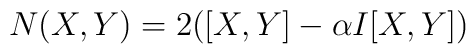
N(X,Y)=2([X,Y]-\alpha I[X,Y])